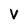
Character: v